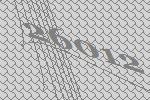
26012